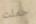
حملت